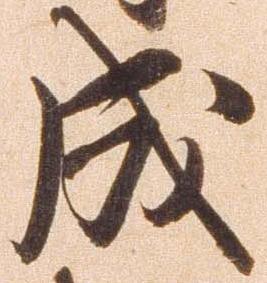
成